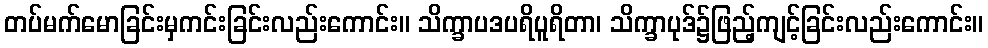
တပ်မက်မောခြင်းမှကင်းခြင်းလည်းကောင်း။ သိက္ခာပဒပရိပူရိတာ၊ သိက္ခာပုဒ်၌ဖြည့်ကျင့်ခြင်းလည်းကောင်း။